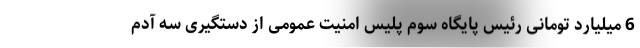
6 میلیارد تومانی رئیس پایگاه سوم پلیس امنیت عمومی از دستگیری سه آدم